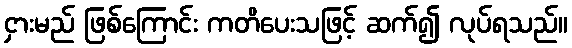
ငှားမည် ဖြစ်ကြောင်း ကတိပေးသဖြင့် ဆက်၍ လုပ်ရသည်။